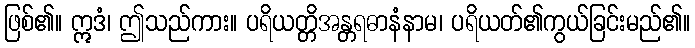
ဖြစ်၏။ ဣဒံ၊ ဤသည်ကား။ ပရိယတ္တိအန္တရဓာနံနာမ၊ ပရိယတ်၏ကွယ်ခြင်းမည်၏။